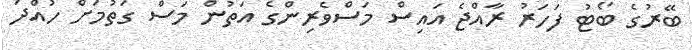
ބޭރުގެ ބޯޓު ފަހަރު ރާއްޖެ އައިސް މަސްވެރިންގެ އަތުން މަސް ގަތުމަށް ހުއްދަ